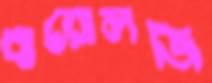
বায়োলজি